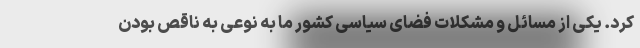
کرد. یکی از مسائل و مشکلات فضای سیاسی کشور ما به نوعی به ناقص بودن